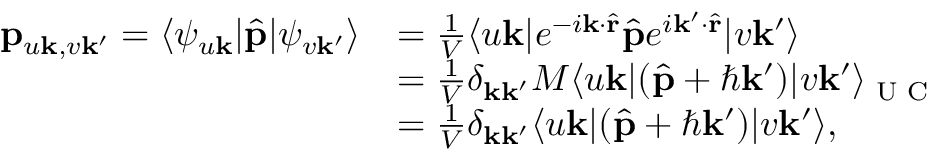
\begin{array} { r l } { \mathbf { p } _ { u \mathbf { k } , v \mathbf { k ^ { \prime } } } = \langle \psi _ { u \mathbf { k } } | \hat { \mathbf { p } } | \psi _ { v \mathbf { k } ^ { \prime } } \rangle } & { = \frac { 1 } { V } \langle u \mathbf { k } | e ^ { - i \mathbf { k } \cdot \hat { \mathbf { r } } } \hat { \mathbf { p } } e ^ { i \mathbf { k } ^ { \prime } \cdot \hat { \mathbf { r } } } | v \mathbf { k } ^ { \prime } \rangle } \\ & { = \frac { 1 } { V } \delta _ { \mathbf { k } \mathbf { k ^ { \prime } } } M \langle u \mathbf { k } | ( \hat { \mathbf { p } } + \hbar \mathbf { k ^ { \prime } } ) | v \mathbf { k ^ { \prime } } \rangle _ { \textrm { U C } } } \\ & { = \frac { 1 } { V } \delta _ { \mathbf { k } \mathbf { k ^ { \prime } } } \langle u \mathbf { k } | ( \hat { \mathbf { p } } + \hbar \mathbf { k ^ { \prime } } ) | v \mathbf { k ^ { \prime } } \rangle , } \end{array}